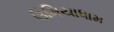
ઉમિયાધામ